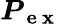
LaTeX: \boldsymbol{P_{\mathrm{~e~x~}}}